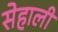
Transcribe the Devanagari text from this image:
सेहाली